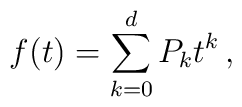
f(t) =  \sum_{k=0}^{d} P_k t^k \,,